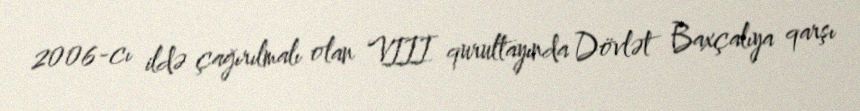
2006-cı ildə çağırılmalı olan VIII qurultayında Dövlət Baxçalıya qarşı